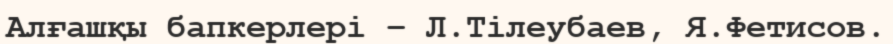
Алғашқы бапкерлері – Л.Тілеубаев, Я.Фетисов.